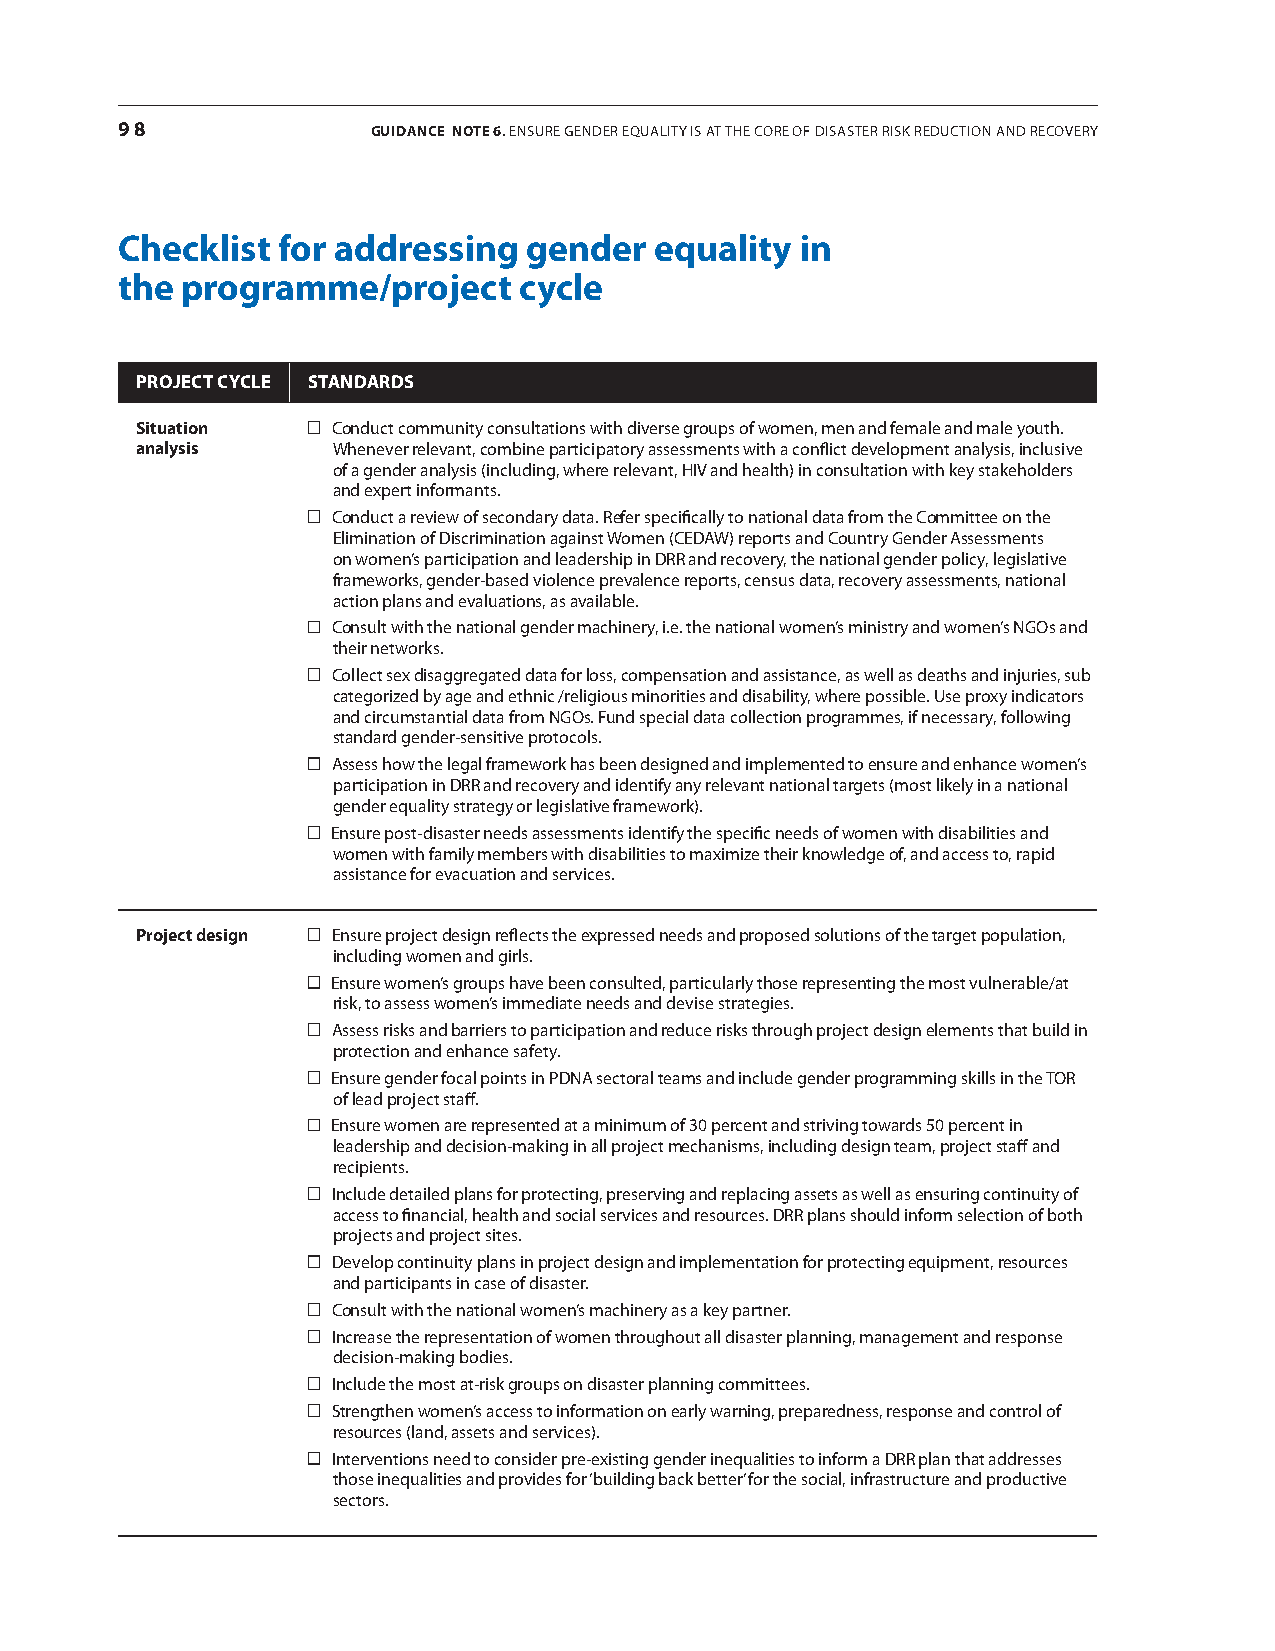
98               GUIDANCE NotE 6. EnsurE gEndEr Equality is at thE corE of disastEr risk rEduction and rEcovEry
 checklist for addressing   gender  equality  in
 the programme/project     cycle
 projECt CyClE stANDArDs
 situation    conduct community consultations with diverse groups of women, men and female and male youth.
 analysis     Whenever relevant, combine participatory assessments with a conflict development analysis, inclusive
 of a gender analysis (including, where relevant, hiv and health) in consultation with key stakeholders
 and expert informants.
 conduct a review of secondary data. refer specifically to national data from the committee on the
 Elimination of discrimination against Women (cEdaW) reports and country gender assessments
 on women’s participation and leadership in drr and recovery, the national gender policy, legislative
 frameworks, gender-based violence prevalence reports, census data, recovery assessments, national
 action plans and evaluations, as available.
 consult with the national gender machinery, i.e. the national women’s ministry and women’s ngos and
 their networks.
 Collect sex disaggregated data for loss, compensation and assistance, as well as deaths and injuries, sub
 categorized by age and ethnic /religious minorities and disability, where possible. use proxy indicators
 and circumstantial data from ngos. fund special data collection programmes, if necessary, following
 standard gender-sensitive protocols.
 assess how the legal framework has been designed and implemented to ensure and enhance women’s
 participation in drr and recovery and identify any relevant national targets (most likely in a national
 gender equality strategy or legislative framework).
 Ensure post-disaster needs assessments identify the specific needs of women with disabilities and
 women with family members with disabilities to maximize their knowledge of, and access to, rapid
 assistance for evacuation and services.
 project design Ensure project design reflects the expressed needs and proposed solutions of the target population,
 including women and girls.
 Ensure women’s groups have been consulted, particularly those representing the most vulnerable/at
 risk, to assess women’s immediate needs and devise strategies.
 Assess risks and barriers to participation and reduce risks through project design elements that build in
 protection and enhance safety.
 Ensure gender focal points in Pdna sectoral teams and include gender programming skills in the tor
 of lead project staff.
 Ensure women are represented at a minimum of 30 percent and striving towards 50 percent in
 leadership and decision-making in all project mechanisms, including design team, project staff and
 recipients.
 include detailed plans for protecting, preserving and replacing assets as well as ensuring continuity of
 access to financial, health and social services and resources. drr plans should inform selection of both
 projects and project sites.
 Develop continuity plans in project design and implementation for protecting equipment, resources
 and participants in case of disaster.
 consult with the national women’s machinery as a key partner.
 increase the representation of women throughout all disaster planning, management and response
 decision-making bodies.
 include the most at-risk groups on disaster planning committees.
 strengthen women’s access to information on early warning, preparedness, response and control of
 resources (land, assets and services).
 interventions need to consider pre-existing gender inequalities to inform a drr plan that addresses
 those inequalities and provides for ‘building back better’ for the social, infrastructure and productive
 sectors.